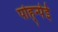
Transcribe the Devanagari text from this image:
पोह्न्पेई